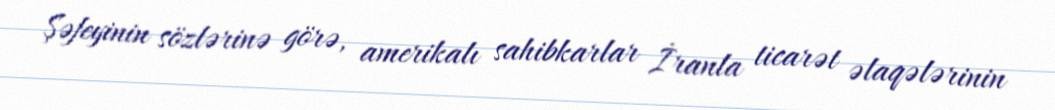
Şəfeyinin sözlərinə görə, amerikalı sahibkarlar İranla ticarət əlaqələrinin